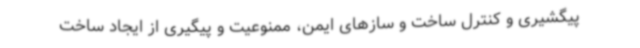
پیگشیری و کنترل ساخت و سازهای ایمن، ممنوعیت و پیگیری از ایجاد ساخت